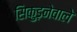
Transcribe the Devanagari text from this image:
सिकुड़नेवाले